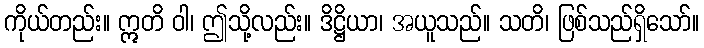
ကိုယ်တည်း။ ဣတိ ဝါ၊ ဤသို့လည်း။ ဒိဋ္ဌိယာ၊ အယူသည်။ သတိ၊ ဖြစ်သည်ရှိသော်။